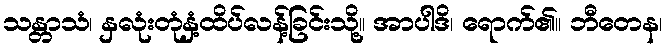
သန္တာသံ၊ နှလုံးတုံနှံ့ထိပ်လန့်ခြင်းသို့။ အာပါဒိ၊ ရောက်၏။ ဘီတေန၊